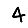
Digit: 4